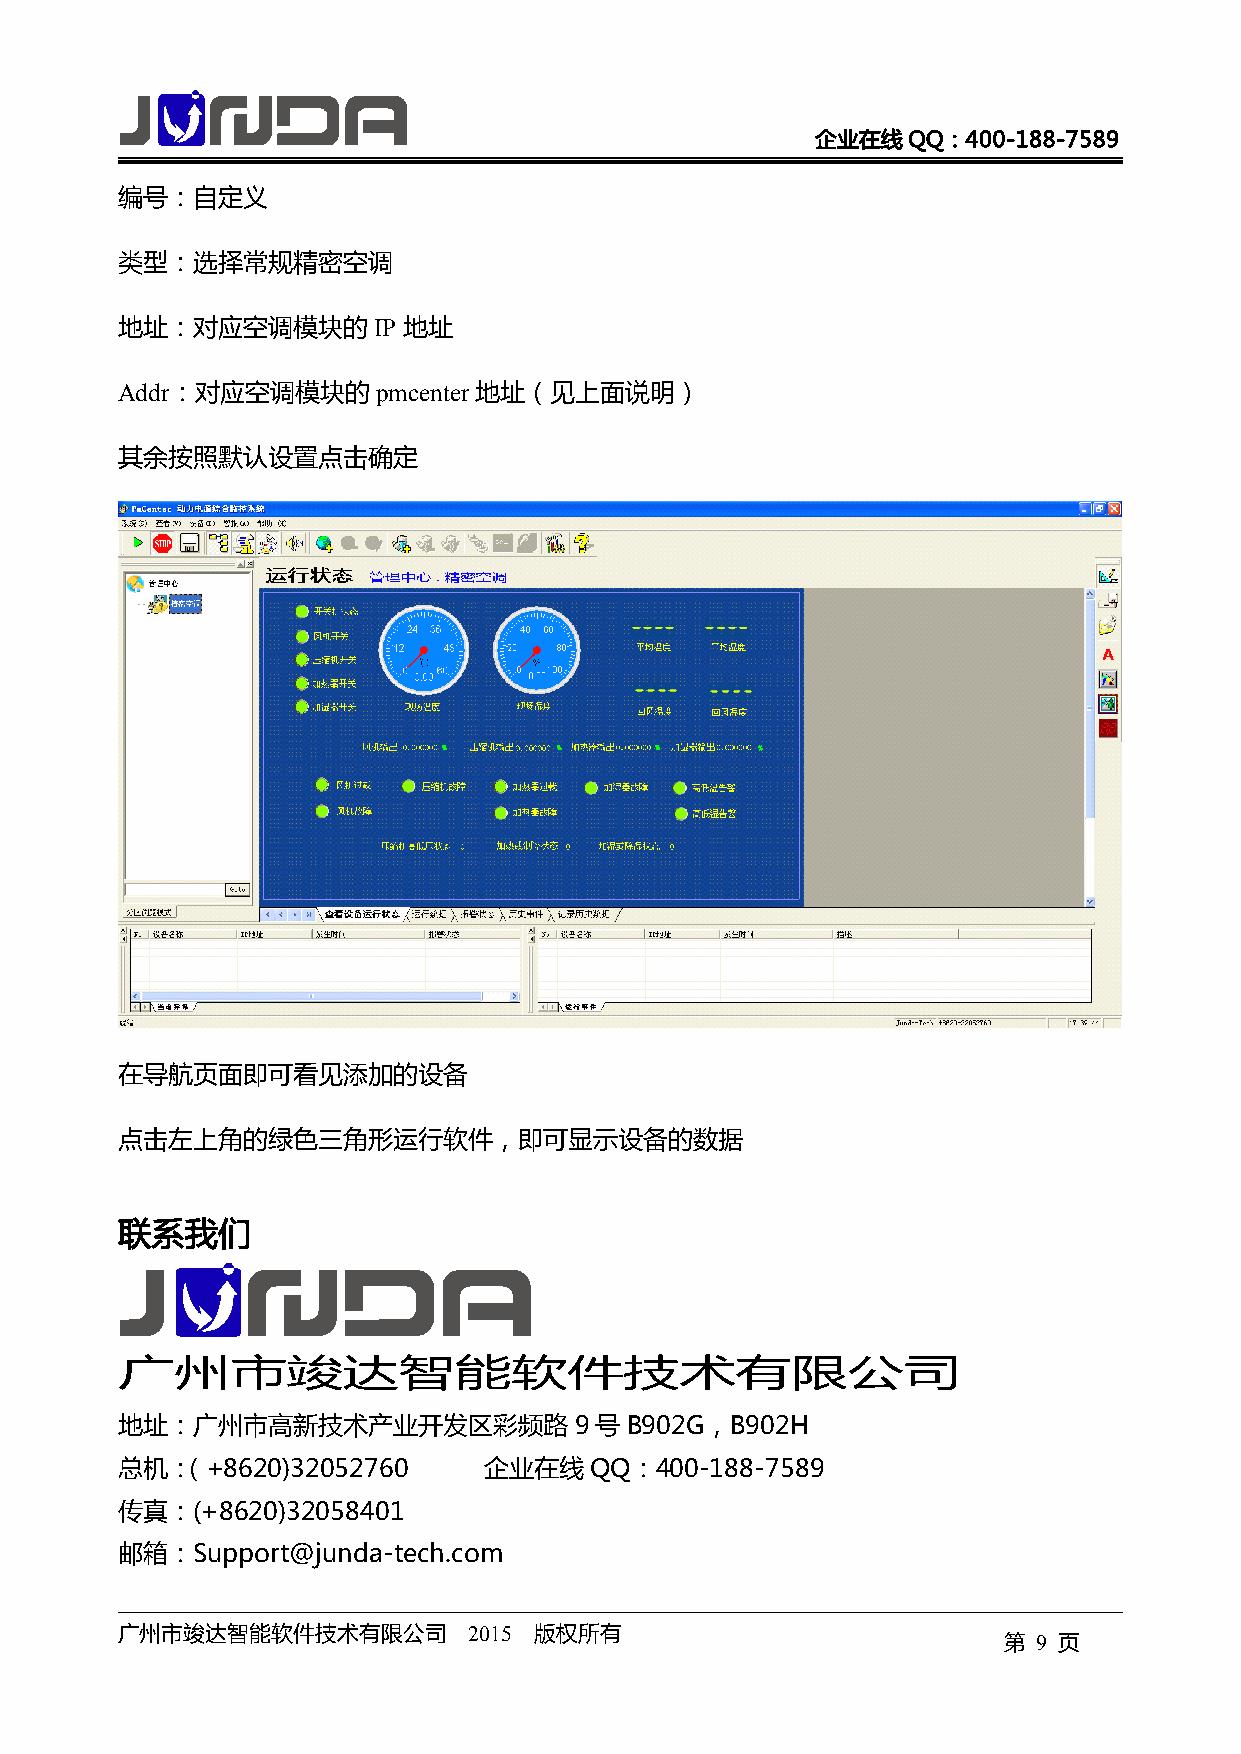
企业在线QQ：400-188-7589
 编号：自定义
 类型：选择常规精密空调
 地址：对应空调模块的IP       地址
 Addr：对应空调模块的pmcenter   地址（见上面说明）
 其余按照默认设置点击确定
 在导航页面即可看见添加的设备
 点击左上角的绿色三角形运行软件，即可显示设备的数据
 联系我们
 广州市竣达智能软件技术有限公司
 地址：广州市高新技术产业开发区彩频路9号B902G，B902H
 总机：（+8620)32052760      企业在线QQ：400-188-7589
 传真：(+8620)32058401
 邮箱：Support@junda-tech.com
 广州市竣达智能软件技术有限公司        2015 版权所有
 第  9 页